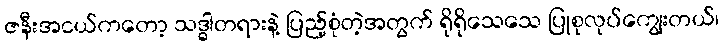
ဇနီးအငယ်ကတော့ သဒ္ဓါတရားနဲ့ ပြည့်စုံတဲ့အတွက် ရိုရိုသေသေ ပြုစုလုပ်ကျွေးတယ်၊